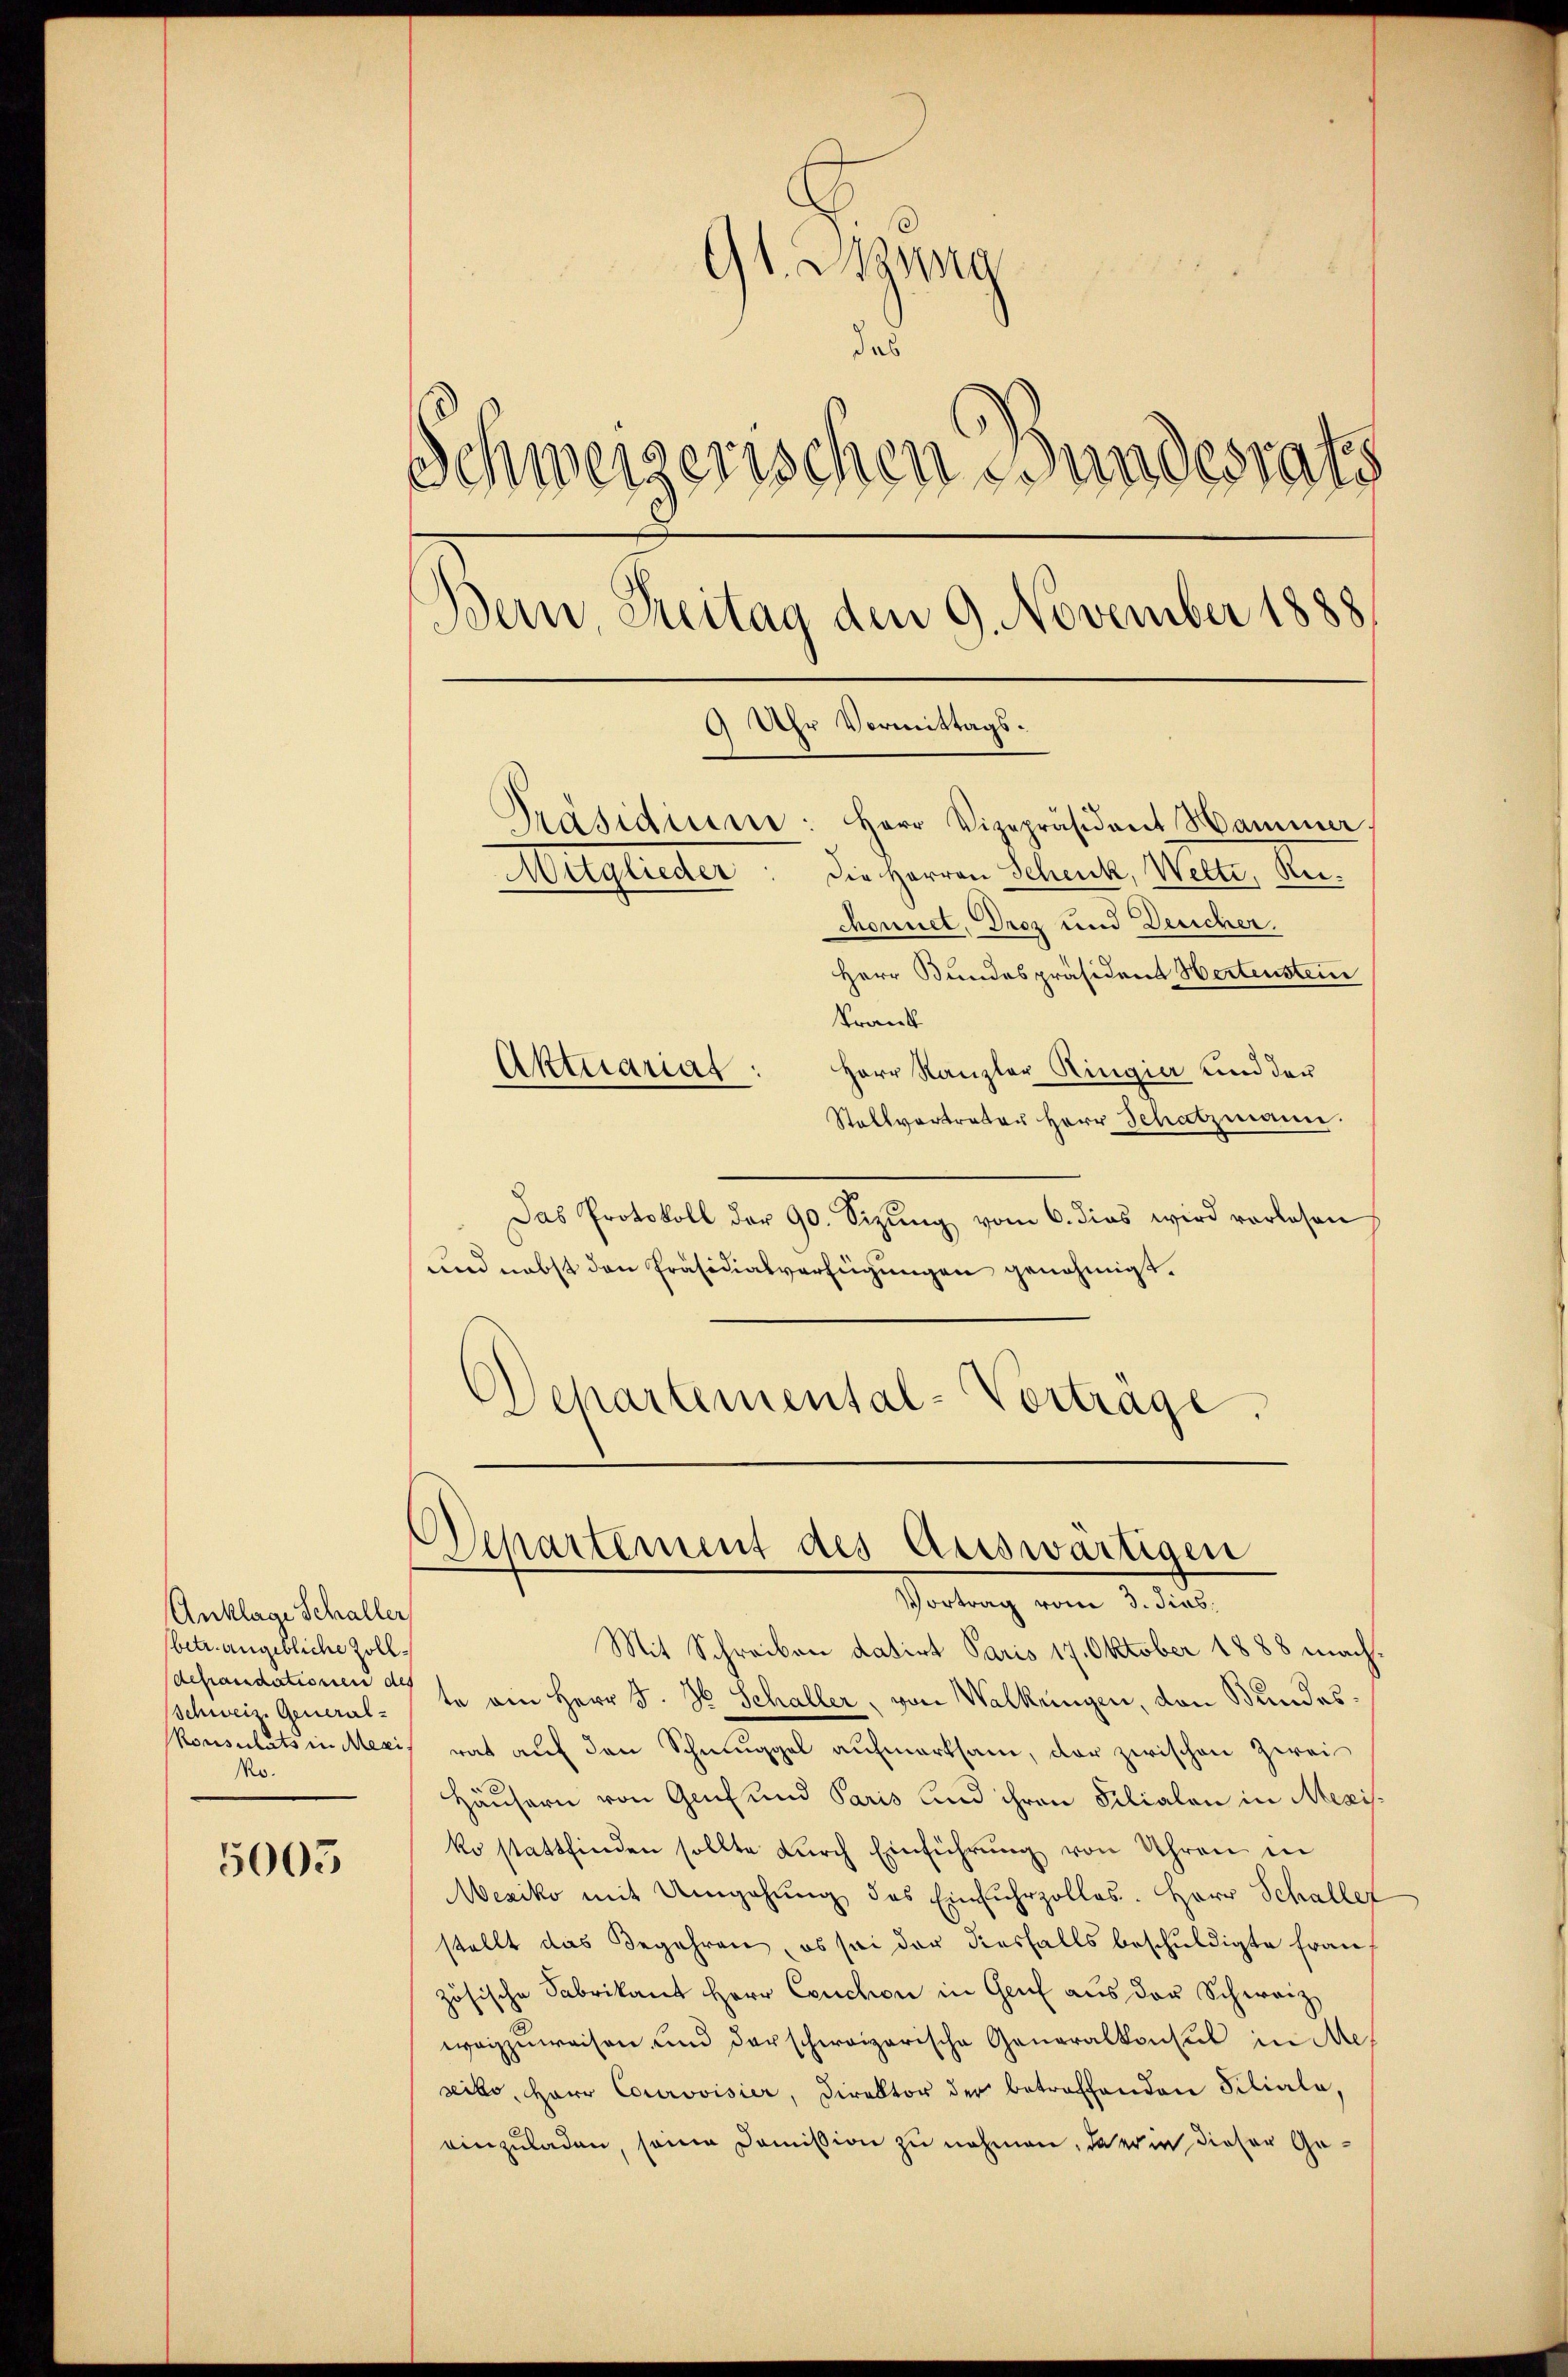
Anklage Schaller
betrangebliche Zolldefraudationen des
Schweiz. General-
Konsulats in Mexis
No.

5005

d
Gl. Manne
das
Schweizerischen Bundesrath
Bern, Treitag den 9. November 1888.
9 Uhr Vormittags.
Präsidium: Herr Vizepräsident Hammer
die Herren Schenk, Welte, Re¬
Mitglieder
chonnet, Droz und Deucher.
Herr Bundespräsident Hertenstein

Krank
Herr Kanzler Ringier und der
Stallvertrater Herr Schatzmann
Das Protokoll der 90. Sizŭng vom 6. dies wird vorlesen
und nebst den Präsidialverfügungen genehmigt.
Wehartemental-Vorträge.

Aktuariat:

Separtement des Auswärtigen
Vortrag vom 3. dies,

Mit Schreiben datirt Paris 17. Oktober 1888 machte am Herr S. 36 Schaller, von Walkengen, von Bundes:
rat auf den Schmuggel aufmerksam, der zwischen Zwei¬
Häusern von Genf und Paris und ihren Filialen in Mezisko stattfinden sollte dŭrch Einführŭng von Uhren in
Mexiko mit Umgehŭng des Einfuhrzolles. Herr Schaller
stellt das Begehren, ob sei der diesfalls beschuldigte Frau
zösische Fabrikant Herr Couchon in Genf aus der Schwarz
waizzuweisen und der schweizerische Generalkonsul in Meseiko, Herr Courovisier, Direktor der betroffenden Filiala,
einzuladen, seine Domission zu nehmen, da er in dieser Ge¬